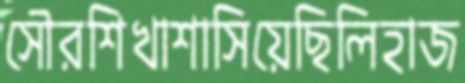
সৌরশিখাশাসিয়েছিলিহাজ